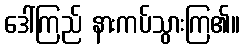
ဒေါ်ကြည် နားကပ်သွားကြ၏။